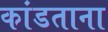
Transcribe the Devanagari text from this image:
कांडताना